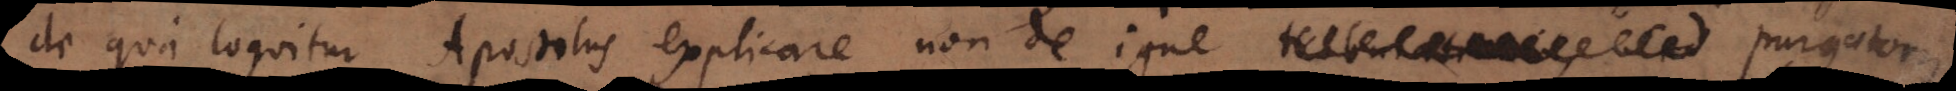
de qua loquitur Apostolus explicare non de igne tribulatio